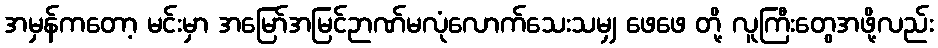
အမှန်ကတော့ မင်းမှာ အမြော်အမြင်ဉာဏ်မလုံလောက်သေးသမျှ ဖေဖေ တို့ လူကြီးတွေအဖို့လည်း